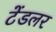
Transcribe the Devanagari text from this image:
टेंडलर